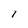
Character: I